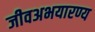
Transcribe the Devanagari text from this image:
जीवअभयारण्य